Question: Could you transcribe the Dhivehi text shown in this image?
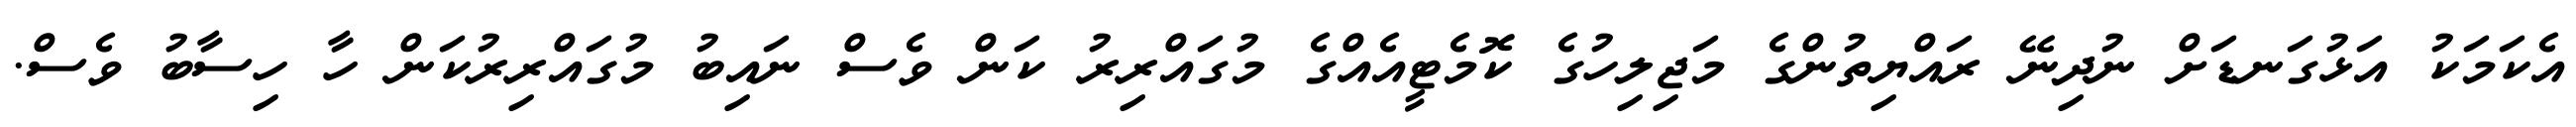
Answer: އެކަމަކު އަޅުގަނޑަށް ނުދިނޭ ރައްޔިތުންގެ މަޖިލިހުގެ ކޮމެޓީއެއްގެ މުގައްރިރު ކަން ވެސް ނައިބު މުގައްރިރުކަން ހާ ހިސާބު ވެސް.